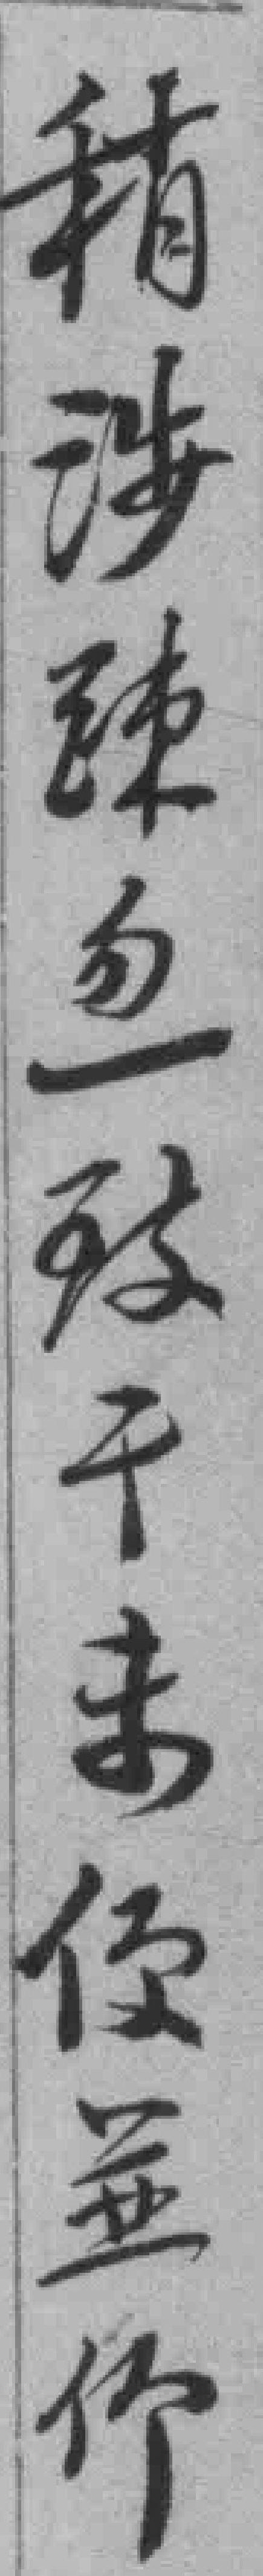
稍涉蹟勿一致干未便並*